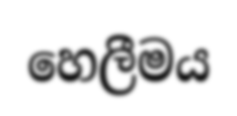
හෙලීමය